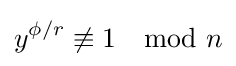
y^{\phi /r}\not \equiv 1\mod n